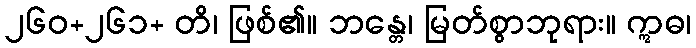
၂၆၀+၂၆၁+ တိ၊ ဖြစ်၏။ ဘန္တေ၊ မြတ်စွာဘုရား။ ဣဓ၊